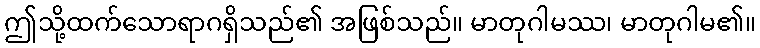
ဤသို့ထက်သောရာဂရှိသည်၏ အဖြစ်သည်။ မာတုဂါမဿ၊ မာတုဂါမ၏။